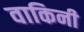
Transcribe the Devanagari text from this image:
वाकिनी